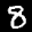
Label: 8